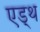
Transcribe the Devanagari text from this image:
एड्थ